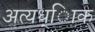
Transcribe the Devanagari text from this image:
अत्यध्ािक